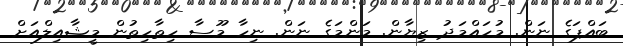
ބައްޕަގެ ނަން. މުހައްމަދު ޒިޔާން. މަންމަގެ ނަން. ނިހާ މޫސާ ހިތާހިތުން މީޝާއިލްއަށް